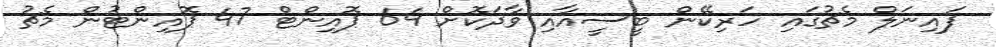
ފައިނަލް މެޗުގައި ހަރިކޭން ބީސީއާއި ވާދަކޮށް 64 ޕޮއިންޓް 47 ޕޮއިންޓުން މެޗު